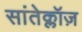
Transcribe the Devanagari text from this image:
सांतेक्लॉज़